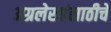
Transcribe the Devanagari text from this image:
अग्रलेखांसाठीचे